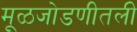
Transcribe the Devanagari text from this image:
मूळजोडणीतली